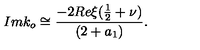
I m k _ { o } \cong \frac { - 2 R e \xi ( \frac { 1 } { 2 } + \nu ) } { ( 2 + a _ { 1 } ) } .